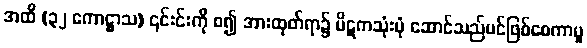
အထိ (၃၂ ကောဋ္ဌာသ) ၎င်းင်းကို စ၍ အားထုတ်ရာ၌ ပိဋကသုံးပုံ ဆောင်သည်ပင်ဖြစ်စေကာမူ